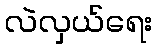
လဲလှယ်ရေး